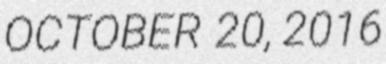
OCTOBER 20, 2016